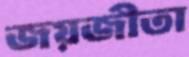
জয়জীতা